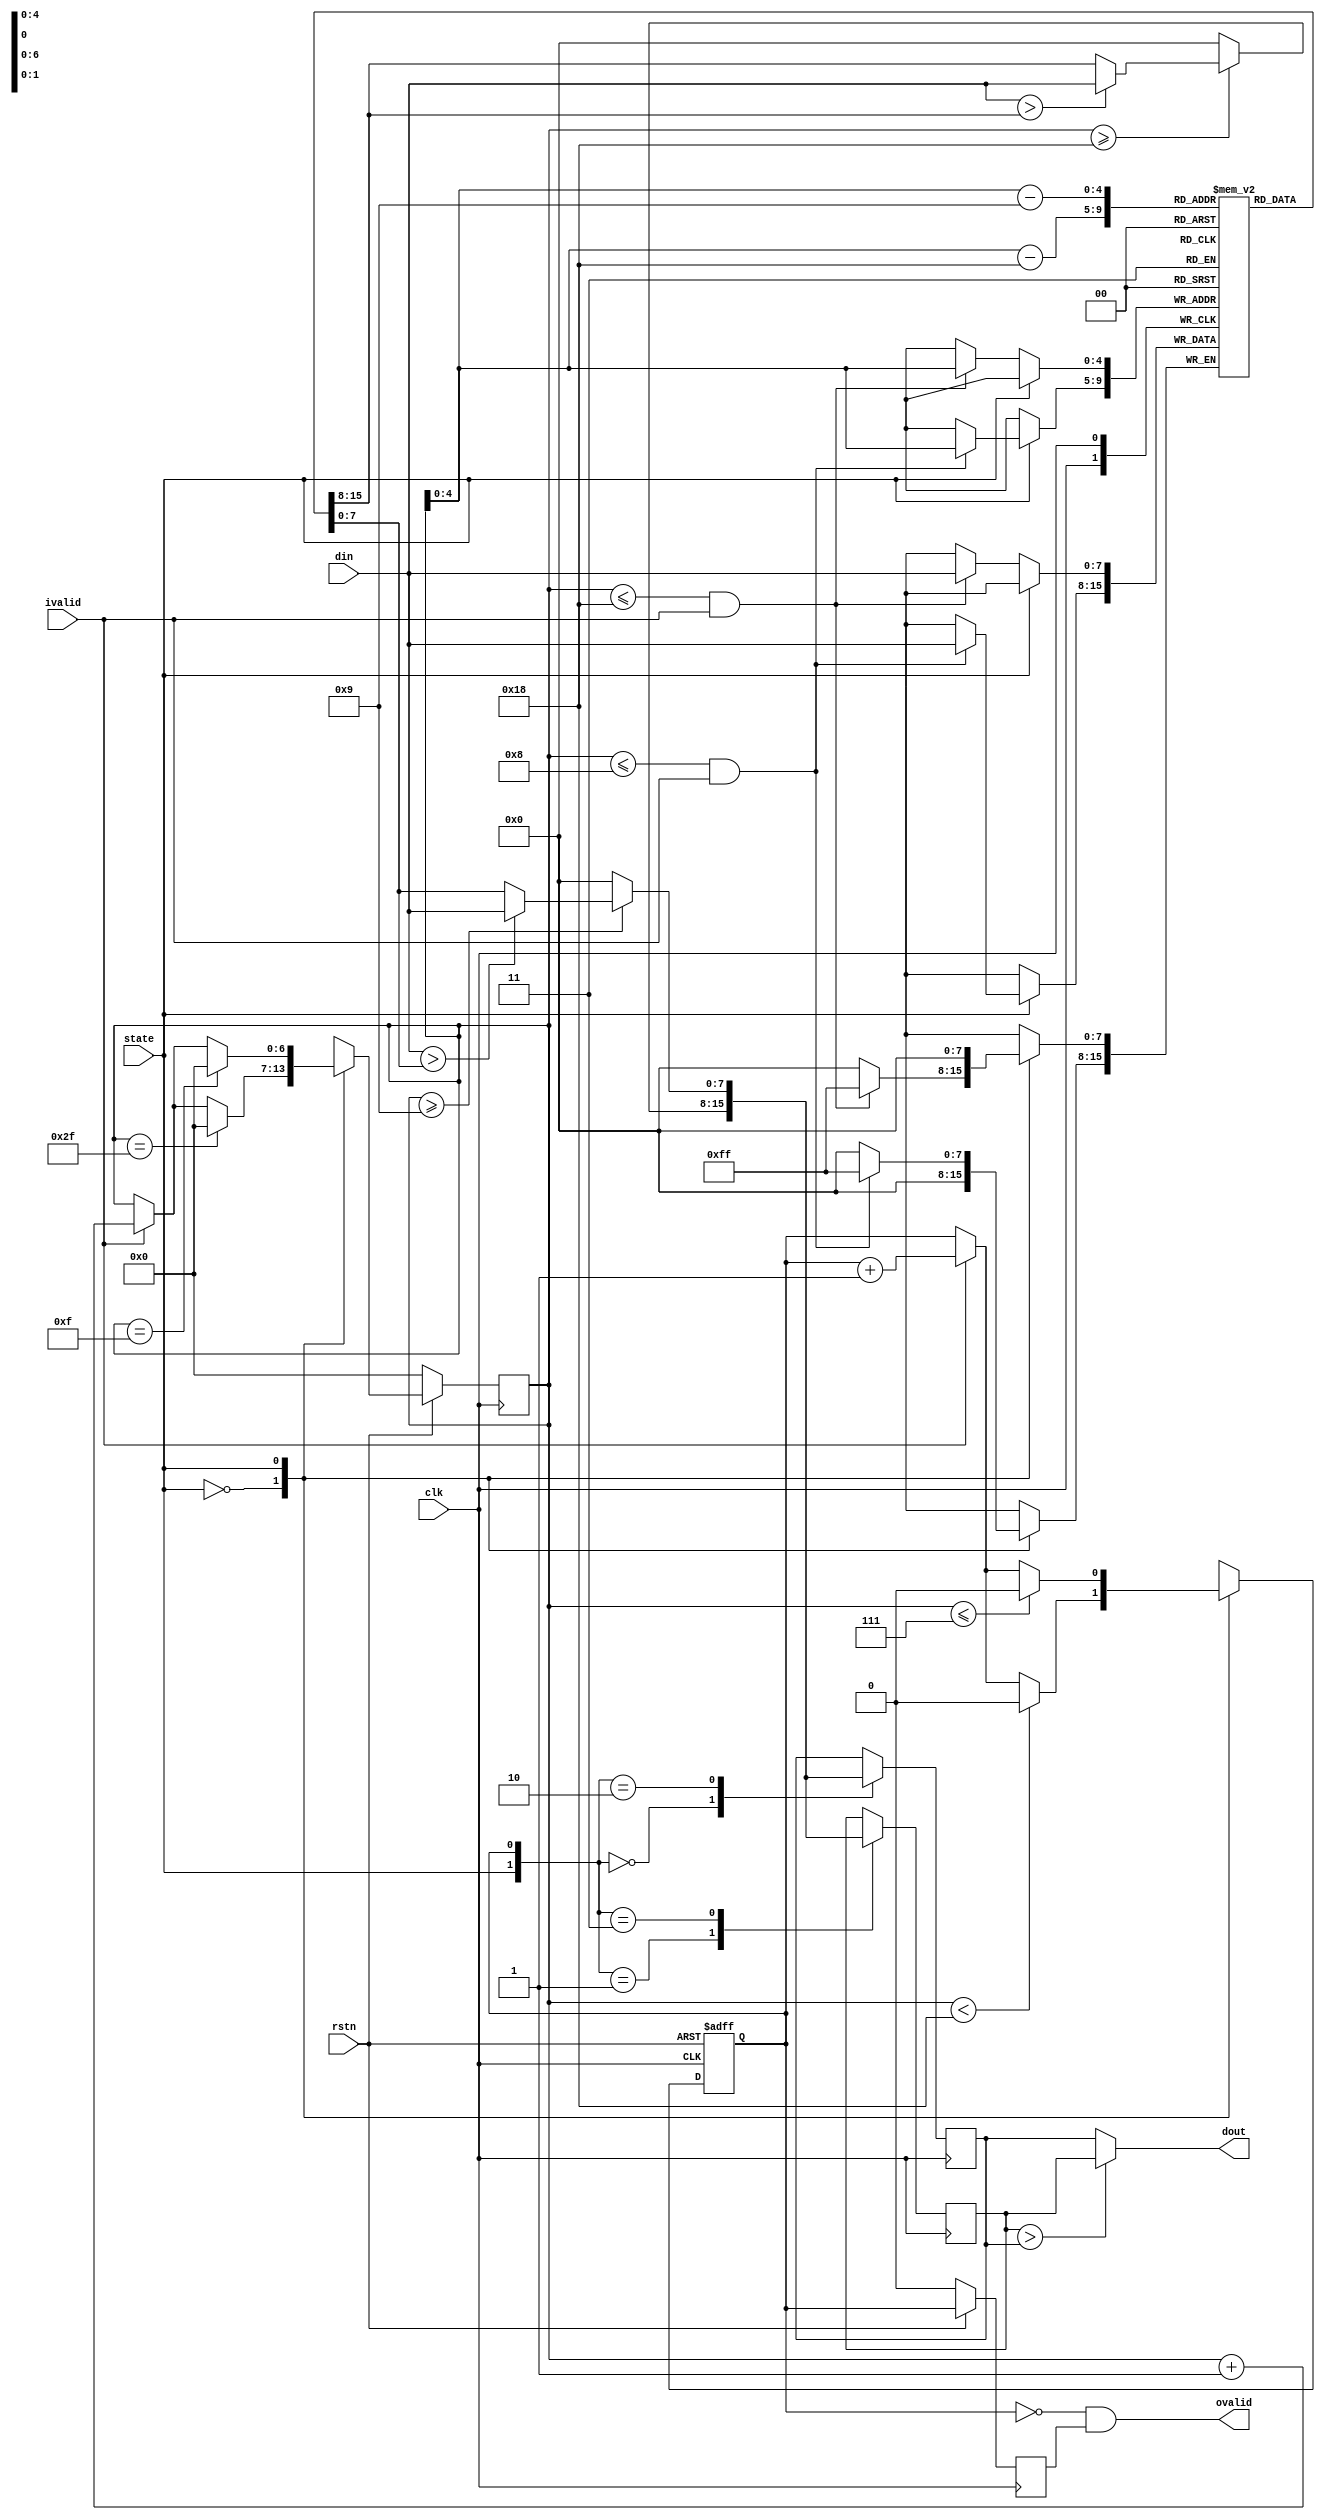
// This program was cloned from: https://github.com/XueTianyu24/cnn_accelerator
// License: MIT License

// 
module maxpooling
(
    input  clk,
    input  rstn,
    input  ivalid,      // 
    input  state,       // 0: 24*24; 1: 8*8
    input  [7:0] din,   //  8bit
    output ovalid,      // 
    output [7:0] dout   //  
);

	reg [7:0] data [0:23];  //  24 or 8
	reg [6:0] ptr;          //  0 ~ 47
	reg cnt;                //  1 bit 0data_reg_01data_reg_1
	reg [7:0] data_reg_0;   // 0
	reg [7:0] data_reg_1;   // 1
	reg [7:0] dout_r;       // 
	
	// ptr 
	always@(posedge clk)begin
		if(!rstn)
			ptr <= 7'b0000000;
		else
			case(state)
				1'b0:begin
					if(ptr == 7'd48-1) // 2*24 01
						ptr <= 7'd0;
					else 
						if(!ivalid)
							ptr <= ptr;
						else
							ptr <= ptr + 7'd1;
					end
				1'b1:begin
					if(ptr == 7'd16-1) // 2*8 
						ptr <= 7'd0;
					else 
						if(!ivalid)
							ptr <= ptr;
						else
							ptr <= ptr + 7'd1;
					end               
			endcase
	end
	
	// cnt 
	// 24 -> cnt=0 25 -> cnt=1
	// 26 -> cnt=0 27 -> cnt=1
	// ...
	always@(posedge clk or negedge rstn)begin
	if(!rstn)
		cnt <= 0;
	else
		case(state)
			1'b0:begin
					if(ptr < 7'd25 - 1) //
						cnt <= 0;
					else
						if(ivalid)
							cnt <= cnt + 1'b1;
						else
							cnt <= cnt;
				end
			1'b1:begin
					if(ptr <= 7'd7)
						cnt <= 0;
					else
						if(ivalid)
							cnt <= cnt + 1'b1;
						else
							cnt <= cnt;
				end
		endcase
	end
	
	// 
	always@(posedge clk)
	begin
		case(state)
		1'b0:begin
			if(ptr <= 7'd24 && ivalid) 
				data[ptr] <= din;
			end
		1'b1:begin
			if(ptr <= 7'd8 && ivalid) 
				data[ptr] <= din;
			end          
		endcase   
	end
	// 
	always@(posedge clk)
	begin
		case({state,cnt}) //  cnt
		2'b00:begin
			if(ptr >= 7'd24)
			begin
				if(din>data[ptr-7'd24])
					data_reg_0 <= din;
				else
					data_reg_0 <= data[ptr-7'd24];
			end
			else
				data_reg_0 <= 0;
			end
		2'b01:begin
			if(ptr >= 7'd24)
			begin
				if(din>data[ptr-7'd24])
					data_reg_1 <= din;
				else
					data_reg_1 <= data[ptr-7'd24];
			end
			else
				data_reg_1 <= 0;
			end
		2'b10:begin
			if(ptr >= 7'd9)
			begin
				if(din>data[ptr-7'd9])
					data_reg_0 <= din;
				else
					data_reg_0 <= data[ptr-7'd9];
			end
			else
				data_reg_0 <= 0;
			end
		2'b11:begin
			if(ptr >= 7'd9)
			begin
				if(din>data[ptr-7'd9])
					data_reg_1 <= din;
				else
					data_reg_1 <= data[ptr-7'd9];
			end
			else
				data_reg_1 <= 0;
			end 
		default:begin
				data_reg_1 <= 0; 
				data_reg_0 <= 0;
				end         
		endcase
	end

	// 
	reg cnt_d;
	always@(posedge clk)begin
		if(!rstn)
			cnt_d <= 0;
		else
			cnt_d <= cnt;
	end
	
	// cnt  1 2*2 kernel cnt=11
	// 
	assign ovalid = ~cnt && cnt_d; // 
	assign dout   = data_reg_1 > data_reg_0 ? data_reg_1 : data_reg_0;
	
endmodule